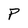
Character: P